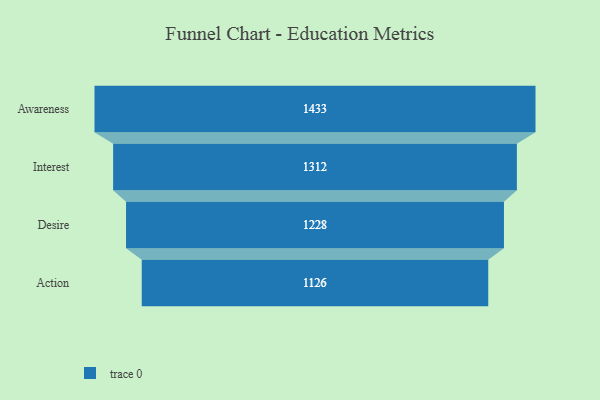
{"axis": {"x": "Stage", "y": "Value"}, "legend": [""], "data": [{"x": "Awareness", "y": 1433.0, "type": ""}, {"x": "Interest", "y": 1312.0, "type": ""}, {"x": "Desire", "y": 1228.0, "type": ""}, {"x": "Action", "y": 1126.0, "type": ""}]}